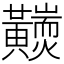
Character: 𪏩